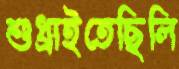
শুধ্‌রাইতেছিলি